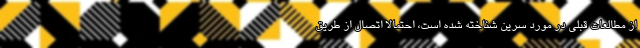
از مطالعات قبلی در مورد سرین شناخته شده است، احتمالاً اتصال از طریق